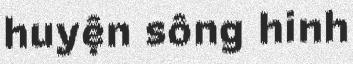
huyện sông hinh